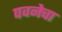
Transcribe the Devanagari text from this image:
पवनेचा